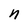
Character: n